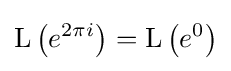
\operatorname {L} \left(e^{2\pi i}\right)=\operatorname {L} \left(e^{0}\right)